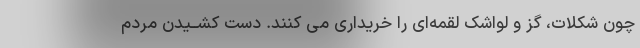
چون شکلات، گز و لواشک لقمه‌اى را خریدارى مى کنند. دست کشــیدن مردم